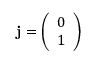
\mathbf { j } = { \left( \begin{array} { l } { 0 } \\ { 1 } \end{array} \right) }